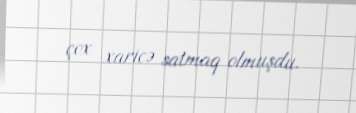
çox xaricə satmaq olmuşdu.